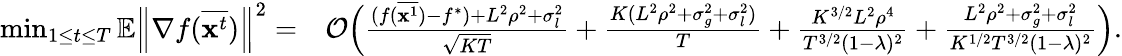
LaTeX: \begin{array}{rl}{\operatorname*{min}_{1\le t\le T}\mathbb{E}\left\| \nabla f(\overline{{\mathbf{x}^{t}}})\right\| ^{2}=}&{\mathcal{O}\Big(\frac{(f(\overline{{{\mathbf x}^{1}}})-f^{*})+L^{2}\rho^{2}+\sigma_{l}^{2}}{\sqrt{KT}}+\frac{K(L^{2}\rho^{2}+\sigma_{g}^{2}+\sigma_{l}^{2})}{T}+\frac{K^{3/2}L^{2}\rho^{4}}{T^{3/2}(1-\lambda)^{2}}+\frac{L^{2}\rho^{2}+\sigma_{g}^{2}+\sigma_{l}^{2}}{K^{1/2}T^{3/2}(1-\lambda)^{2}}\Big).}\end{array}